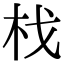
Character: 𣏾